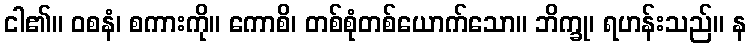
ငါ၏။ ဝစနံ၊ စကားကို။ ကောစိ၊ တစ်စုံတစ်ယောက်သော။ ဘိက္ခု၊ ရဟန်းသည်။ န